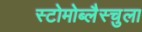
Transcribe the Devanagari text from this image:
स्टोमोब्लैस्चुला